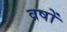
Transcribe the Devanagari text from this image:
व्रषों